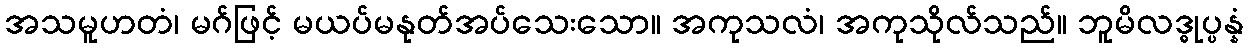
အသမူဟတံ၊ မဂ်ဖြင့် မယပ်မနုတ်အပ်သေးသော။ အကုသလံ၊ အကုသိုလ်သည်။ ဘူမိလဒ္ဓုပ္ပန္နံ